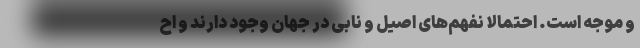
و موجه است. احتمالاً نفهم‌های اصیل و نابی در جهان وجود دارند و اح